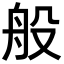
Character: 般